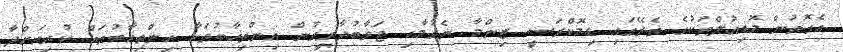
އެގޮތުން މޮޑިއުލްތަކުގެ ތެރޭގައި ޑިމޮކްރަސީ ޒިންމާ ނެގުމާއި ޖަވާބުދާރީވުން އިންތިޚާބުތަކާ އިންތިޚާބުތައް ކުރިއަށްދާ